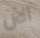
الآن